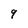
Character: 9